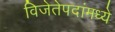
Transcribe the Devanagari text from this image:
विजेतेपदांमध्ये